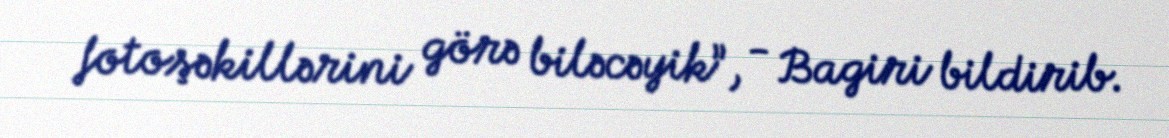
fotoşəkillərini görə biləcəyik”, - Bagiri bildirib.